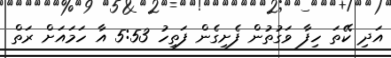
އަދި ކޭތަ ހިފާ ވަގުތުން ފެށިގެން ފަތިހު 5:53 އާ ހަމައަށް ރަތް